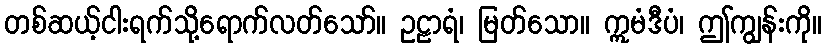
တစ်ဆယ့်ငါးရက်သို့ရောက်လတ်သော်။ ဥဠာရံ၊ မြတ်သော။ ဣမံဒီပံ၊ ဤကျွန်းကို။